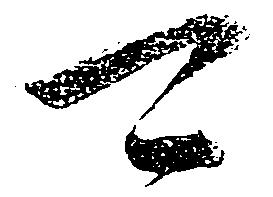
可